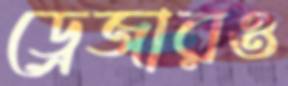
ড্রেজারও